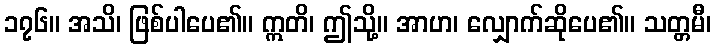
၁၇၆။ အသိ၊ ဖြစ်ပါပေ၏။ ဣတိ၊ ဤသို့။ အာဟ၊ လျှောက်ဆိုပေ၏။ သတ္တမီ၊